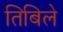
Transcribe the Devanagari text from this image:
तिबिले